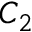
C _ { 2 }